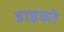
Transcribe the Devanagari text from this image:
डाइको